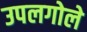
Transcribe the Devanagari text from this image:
उपलगोले